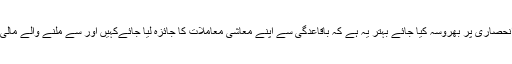
اسٹیسی کا کہنا تھا کہ 'چاہے آپ کے معاشی حالات کسی بھی نوعیت کے ہوں خود انحصاری پر بھروسہ کیا جائے بہتر یہ ہے کہ باقاعدگی سے اپنے معاشی معاملات کا جائزہ لیا جائےکہیں اور سے ملنے والے مالی استفادے پر انحصار کرنا موجودہ مالی فضا میں سراسر ایک جوا ثابت ہو سکتا ہے ۔